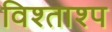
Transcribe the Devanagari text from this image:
विश्ताश्प